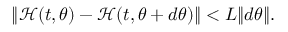
\lVert \mathcal { H } ( t , { \boldsymbol { \theta } } ) - \mathcal { H } ( t , { \boldsymbol { \theta } } + d { \boldsymbol { \theta } } ) \rVert < L \lVert d { \boldsymbol { \theta } } \rVert .